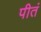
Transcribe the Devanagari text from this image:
पीतं